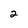
Character: 2